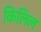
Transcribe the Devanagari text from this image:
किलिल